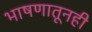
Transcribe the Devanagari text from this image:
भाषणातूनही